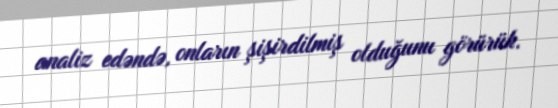
analiz edəndə, onların şişirdilmiş olduğunu görürük.